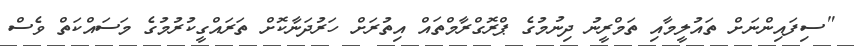
"ސިފައިންނަށް ތައުލީމާއި ތަމްރީނު ދިނުމުގެ ޕްރޮގްރާމްތައް އިތުރަށް ހަރުދަނާކޮށް ތަރައްގީކުރުމުގެ މަސައްކަތް ވެސް